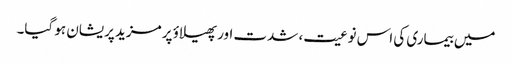
میں بیماری کی اس نوعیت، شدت اور پھیلاؤ پر مزید پریشان ہو گیا۔